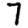
Digit: 7